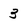
Character: 3